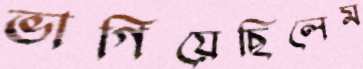
ভাগিয়েছিলেম